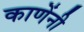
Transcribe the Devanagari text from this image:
काणेंनी